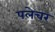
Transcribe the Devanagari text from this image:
पलेचर